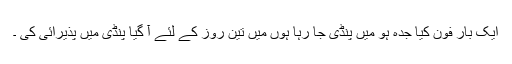
ایک بار فون کیا جدہ ہو میں پنڈی جا رہا ہوں میں تین روز کے لئے آ گیا پنڈی میں پذیرائی کی ۔